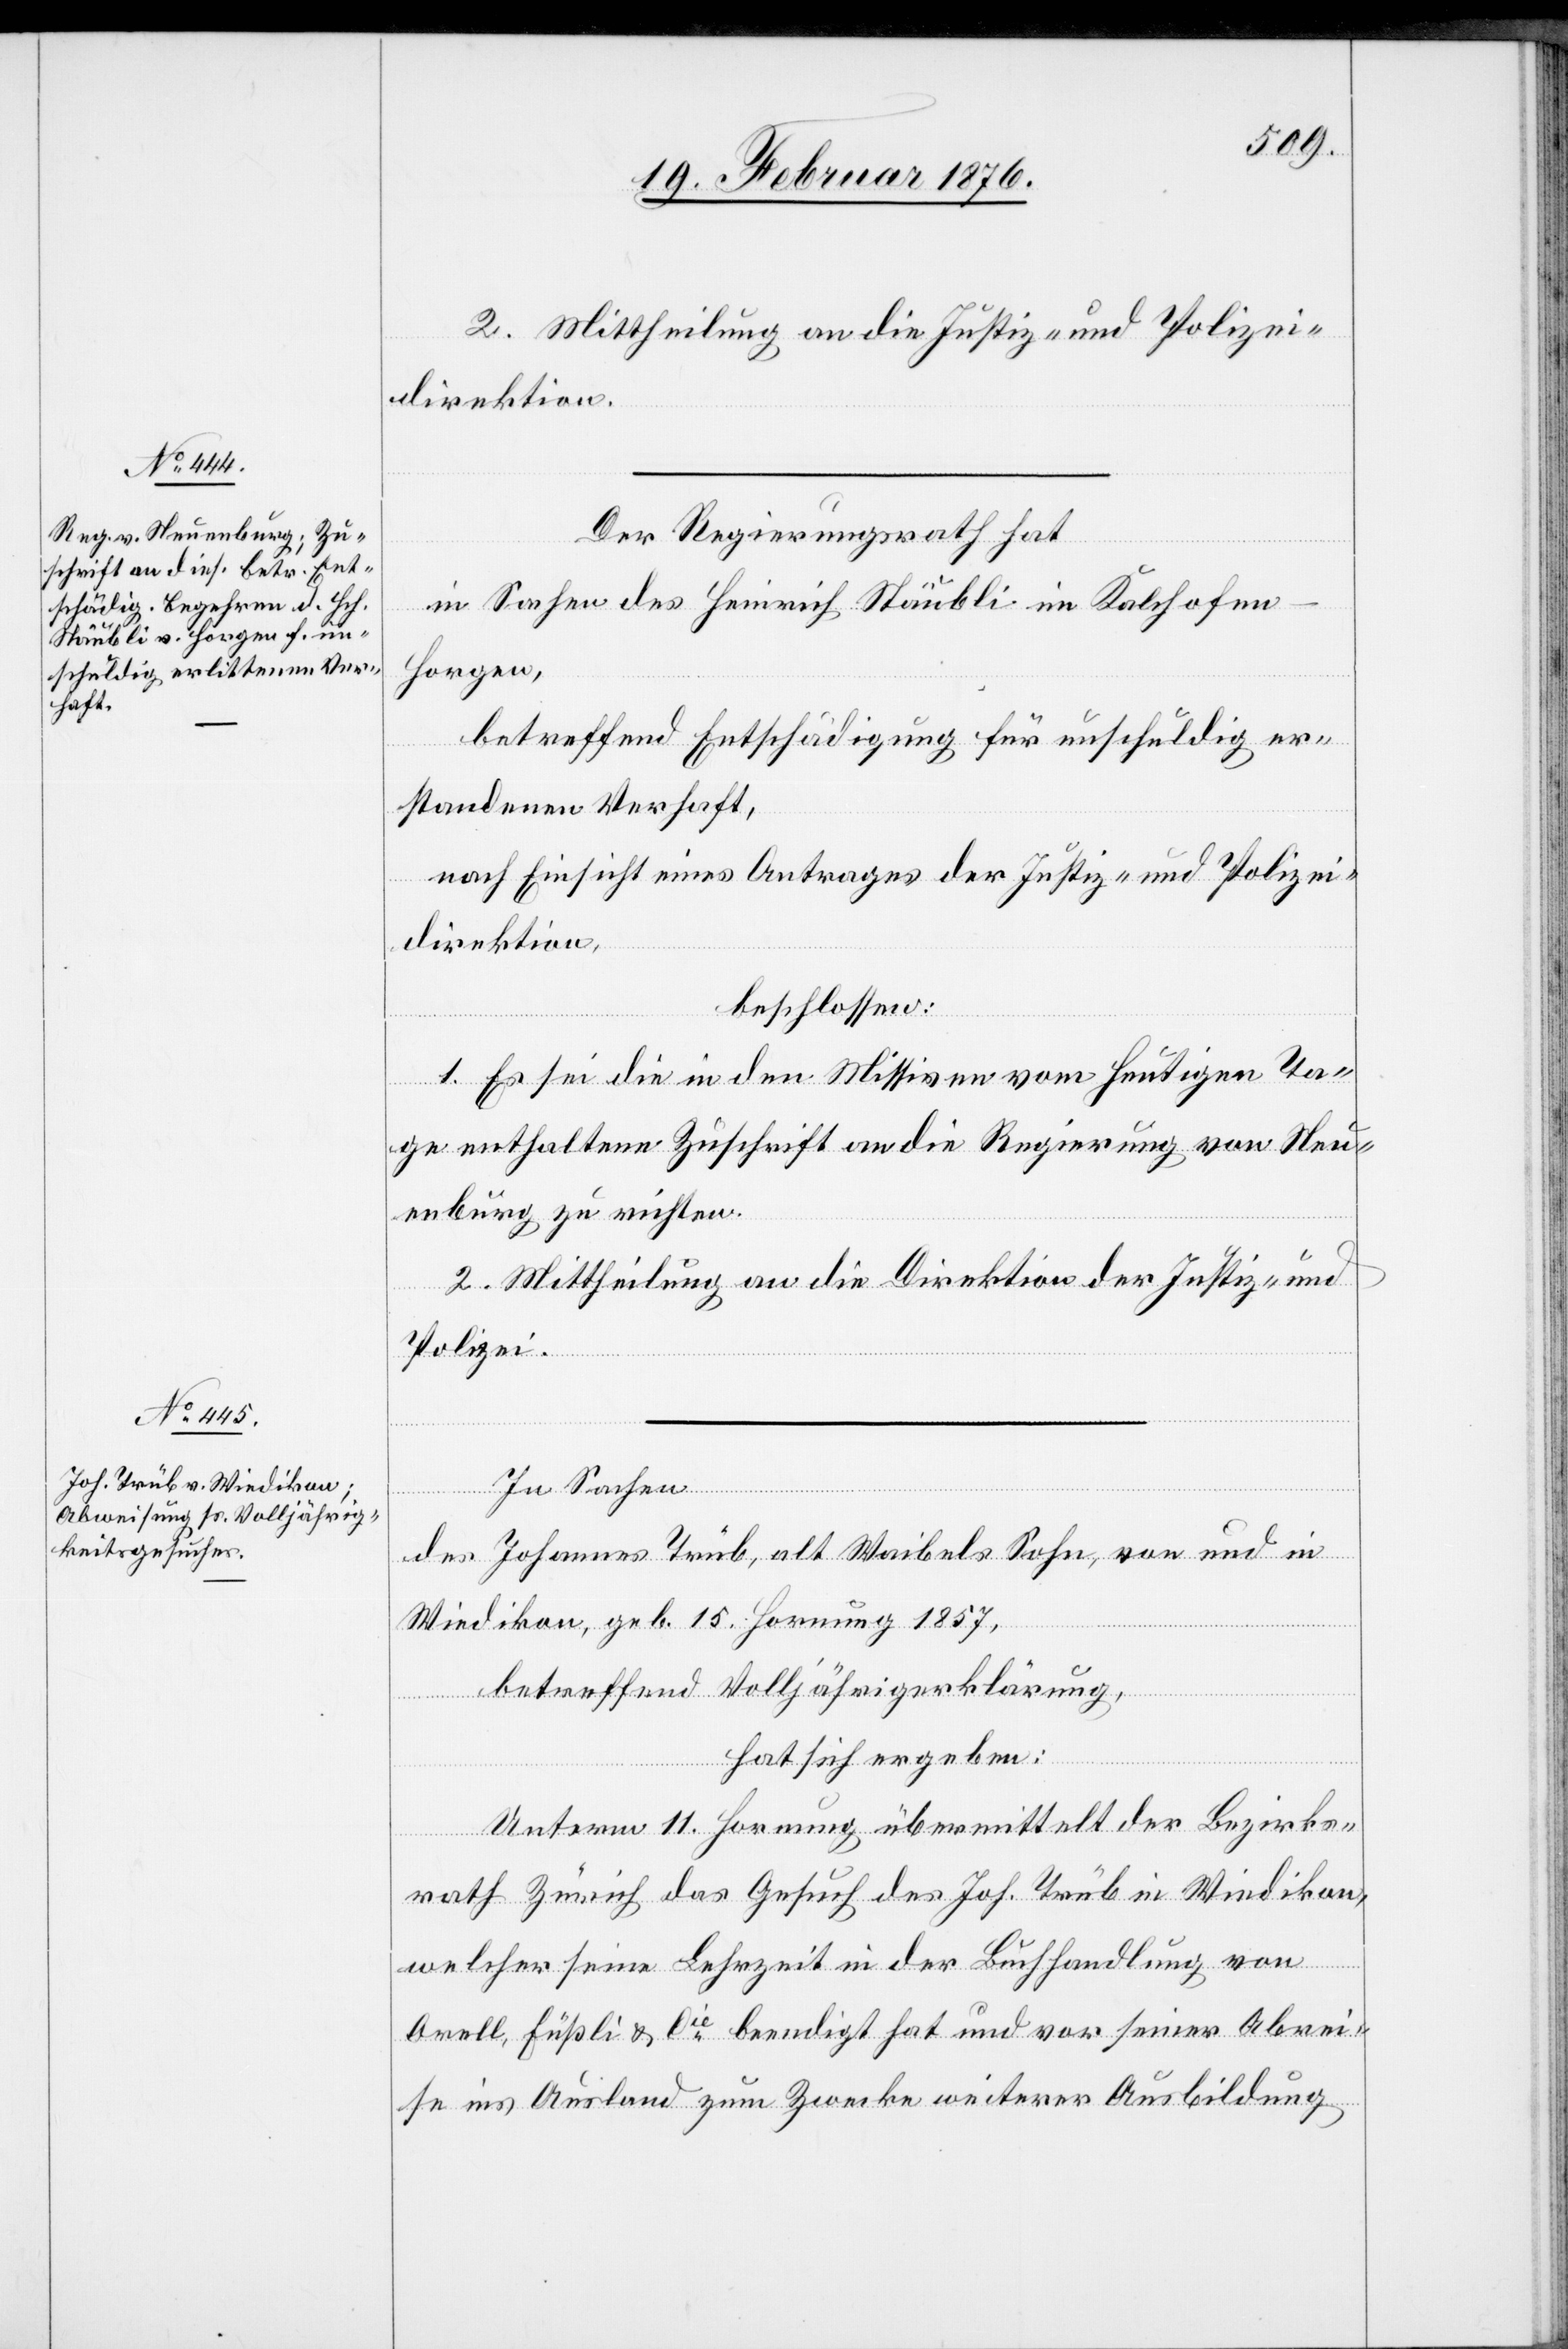
2. Mittheilung an die Justiz- und Polizei¬
direktion.
Der Regierungsrath hat,
in Sachen des Heinrich Stäubli in Kalchofen-H¬
orgen,
betreffend Entschädigung für unschuldig er¬
standenen Verhaft,
nach Einsicht eines Antrages der Justiz- und Polizei¬
direktion,
beschlossen:
1. Es sei die in den Missiven vom heutigen Ta¬
ge enthaltene Zuschrift an die Regierung von Neu¬
enburg zu richten.
2. Mittheilung an die Direktion der Justiz- und
Polizei.
In Sachen
des Johannes Trüb, alt Waibels Sohn, von und in
Wiedikon, geb, 15. Hornung 1857,
betreffend Volljährigerklärung,
hat sich ergeben:
Unterm 11. Hornung übermittelt der Bezirks¬
rath Zürich das Gesuch des Joh. Trüb in Wiedikon,
welcher seine Lehrzeit in der Buchhandlung von
Orell Füßli & Cie beendigt hat und vor seiner Abrei¬
se ins Ausland zum Zwecke weiterer Ausbildung